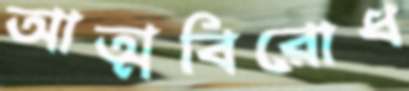
আত্মবিরোধ